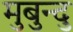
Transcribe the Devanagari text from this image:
मुबुन्दु